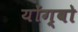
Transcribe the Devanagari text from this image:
योंग्बो